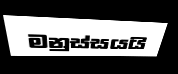
මනුස්සයයි